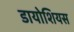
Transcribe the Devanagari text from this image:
डायोशियस